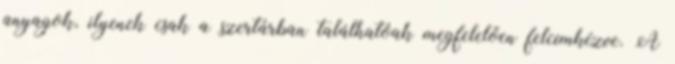
anyagok, ilyenek csak a szertárban találhatóak megfelelően felcímkézve. A